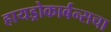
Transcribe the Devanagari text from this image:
हायड्रोकार्बन्सचा